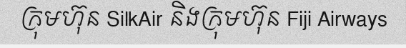
ក្រុមហ៊ុន SilkAir និងក្រុមហ៊ុន Fiji Airways